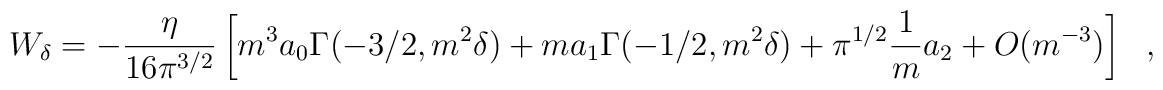
W_\delta=-{\eta \over 16 \pi^{3/2}}\left[m^3 a_0\Gamma(-3/2,m^2\delta)+ma_1\Gamma(-1/2,m^2\delta)+\pi^{1/2}{1 \over m} a_2+O(m^{-3})\right]~~~,